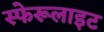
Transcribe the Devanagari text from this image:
स्फेरूलाइट